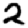
Digit: 2